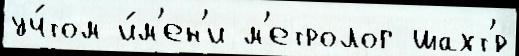
уч́том и́м'ен'и м'етролог шахт'́р